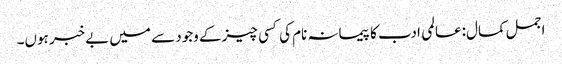
اجمل کمال:عالمی ادب کا پیمانہ نام کی کسی چیز کے وجود سے میں بےخبر ہوں۔